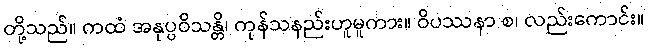
တို့သည်။ ကထံ အနုပ္ပဝိသန္တိ၊ ကုန်သနည်းဟူမူကား။ ဝိပဿနာ စ၊ လည်းကောင်း။